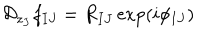
{ \cal D } _ { z _ { J } } f _ { I J } ^ { } = R _ { I J } ^ { } \exp ( i \phi _ { I J } ^ { } )